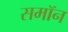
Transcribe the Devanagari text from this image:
समॉन